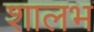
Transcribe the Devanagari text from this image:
शालभ